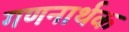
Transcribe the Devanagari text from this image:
गणनार्थक